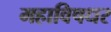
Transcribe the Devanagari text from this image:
महाविषधर